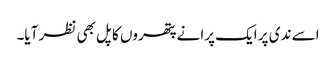
اسے ندی پر ایک پرانے پتھروں کا پل بھی نظر آیا۔